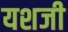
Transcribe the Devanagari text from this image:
यशजी